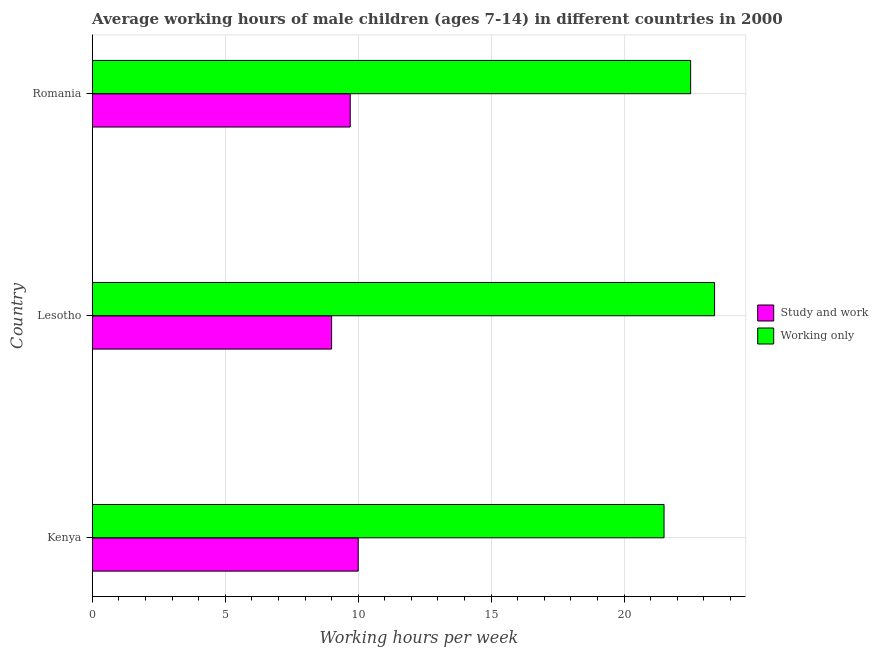
| Country | Study and work | Working only |
 | --- | --- | --- |
 | Kenya | 10 | 21.5 |
 | Lesotho | 9 | 23.4 |
 | Romania | 9.7 | 22.5 |